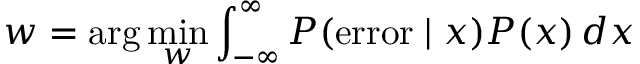
w = \arg \operatorname* { m i n } _ { w } \int _ { - \infty } ^ { \infty } P ( { \mathrm { e r r o r } } \mid x ) P ( x ) \, d x